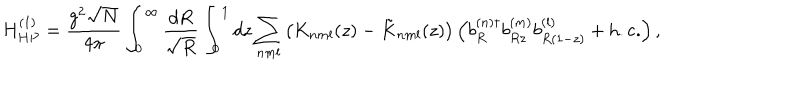
H _ { H P } ^ { ( 1 ) } = \frac { g ^ { 2 } \sqrt { N } } { 4 \pi } \int _ { 0 } ^ { \infty } \frac { d R } { \sqrt { R } } \int _ { 0 } ^ { 1 } d z \sum _ { n m l } \left( K _ { n m l } ( z ) - \tilde { K } _ { n m l } ( z ) \right) \left( b _ { R } ^ { ( n ) \dagger } b _ { R z } ^ { ( m ) } b _ { R ( 1 - z ) } ^ { ( l ) } + \mathrm { h . c . } \right) ,